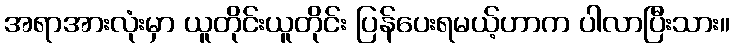
အရာအားလုံးမှာ ယူတိုင်းယူတိုင်း ပြန်ပေးရမယ့်ဟာက ပါလာပြီးသား။